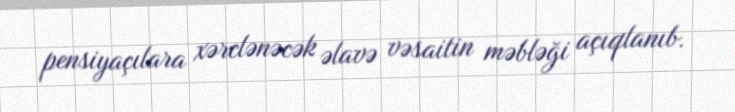
pensiyaçılara xərclənəcək əlavə vəsaitin məbləği açıqlanıb.